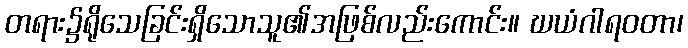
တရား၌ရိုသေခြင်းရှိသောသူ၏အဖြစ်လည်းကောင်း။ ဃယံဂါရဝတာ၊